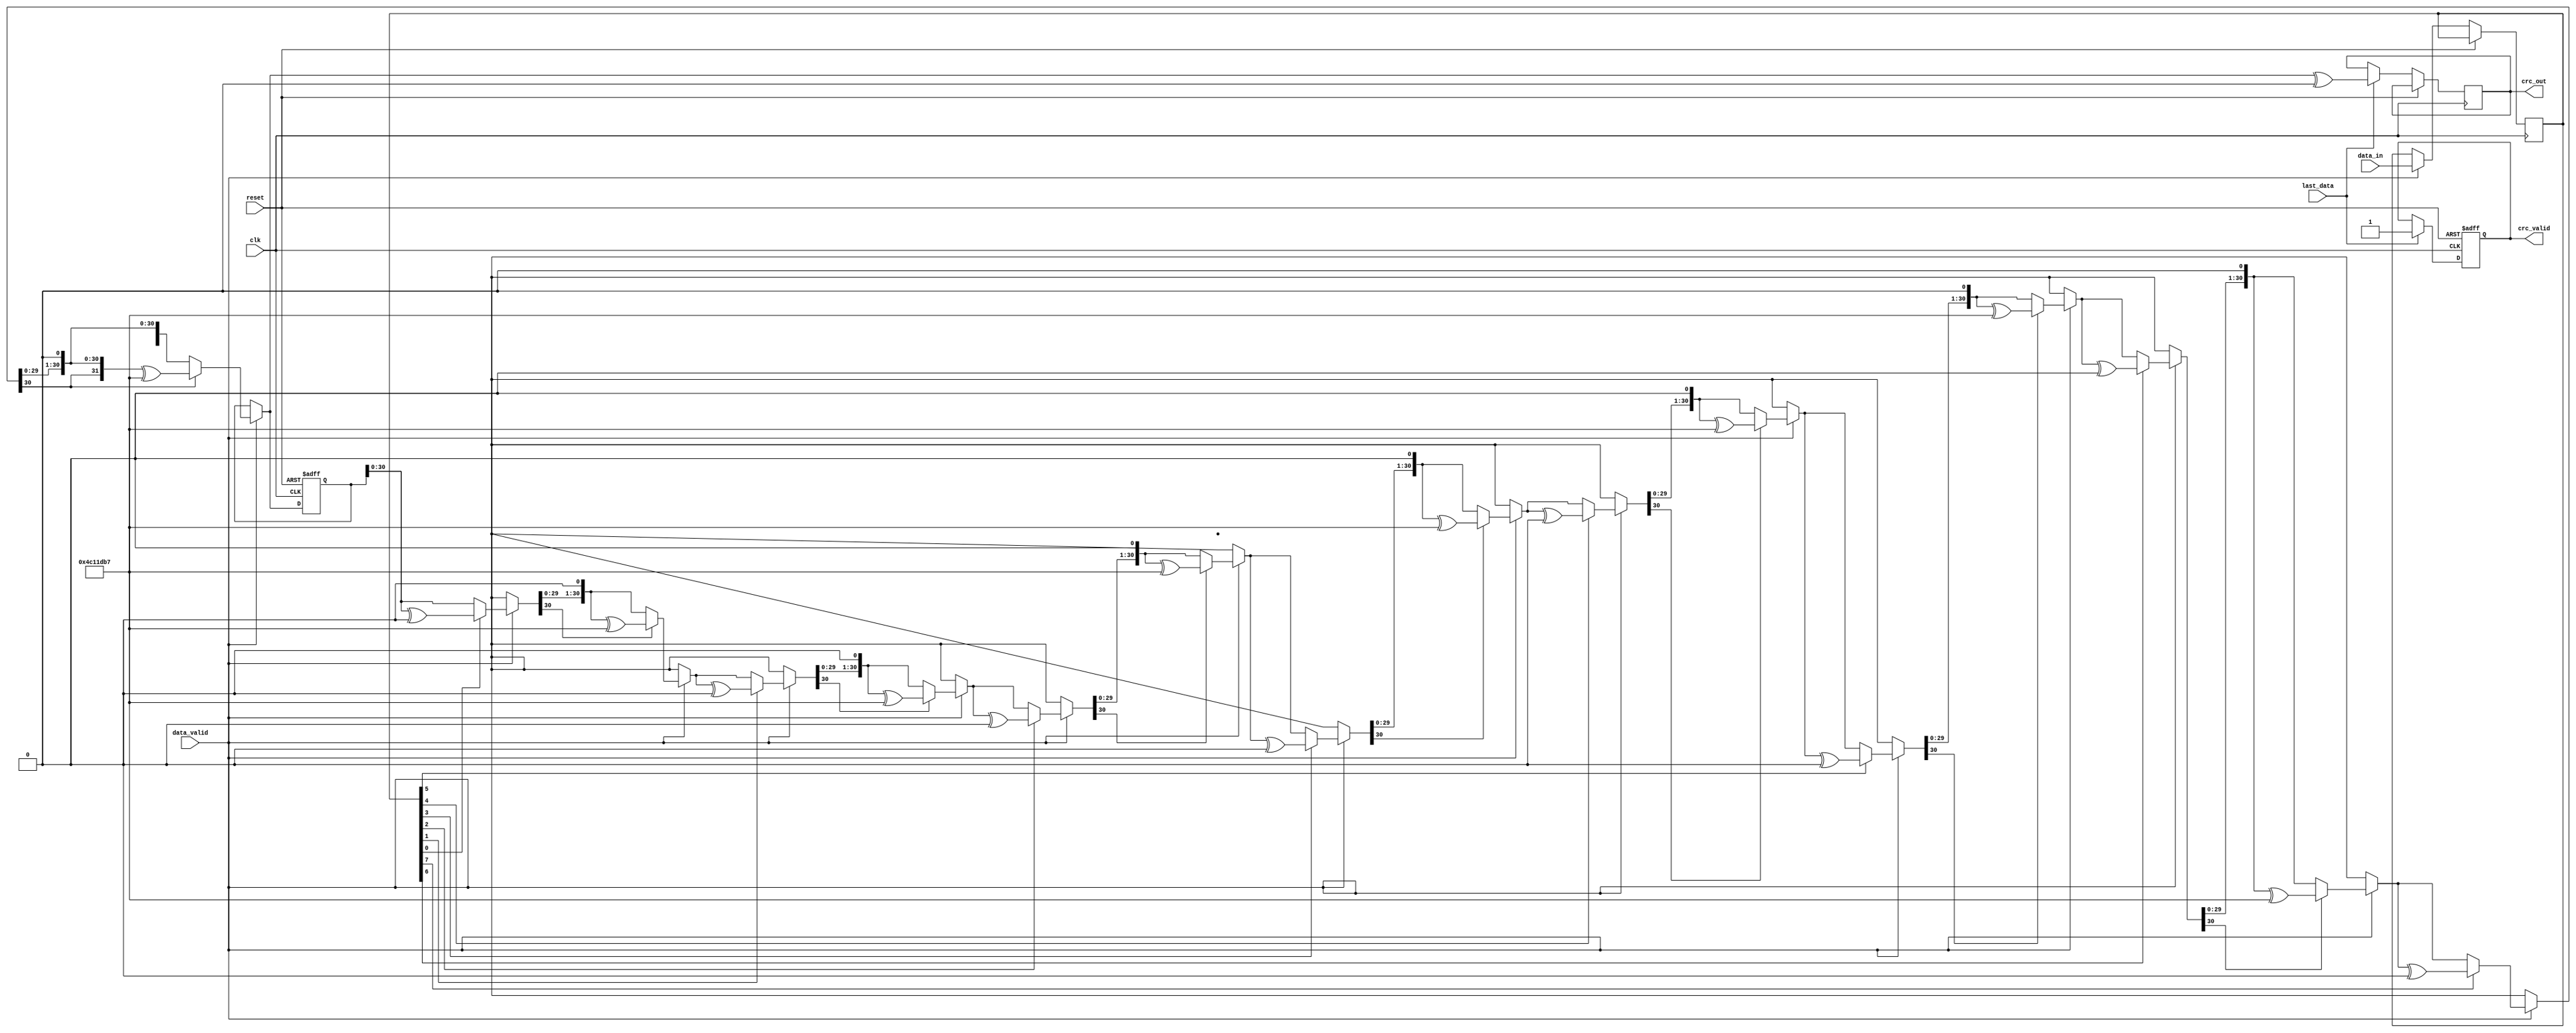
module parameterized_crc #(
    parameter CRC_WIDTH = 32,           // Width of the CRC output
    parameter POLY = 32'h04C11DB7,      // Polynomial used for CRC calculation
    parameter INIT_VALUE = 32'hFFFFFFFF, // Initial value of the CRC register
    parameter REFLECT_INPUT = 1'b0,      // Reflect input data
    parameter REFLECT_OUTPUT = 1'b0,     // Reflect CRC output
    parameter FINAL_XOR_VALUE = 32'h00000000 // Final XOR value applied to the CRC output
)(
    input  wire clk,                     // Clock signal
    input  wire reset,                   // Asynchronous reset signal
    input  wire [7:0] data_in,          // Data input stream (assumed 8 bits)
    input  wire data_valid,              // Signal indicating valid data
    input  wire last_data,               // Signal indicating last piece of data
    output reg [CRC_WIDTH-1:0] crc_out,  // Computed CRC value
    output reg crc_valid                 // Signal indicating CRC output is valid
);

    reg [CRC_WIDTH-1:0] crc_reg;        // Internal register for CRC value
    reg [2:0] bit_counter;               // Bit counter for input data processing
    reg [7:0] data_shift;                // Temporary storage for shifted data
    
    // Function to reflect bits
    function [7:0] reflect;
        input [7:0] data;
        integer i;
        begin
            reflect = 0;
            for (i = 0; i < 8; i = i + 1) begin
                reflect[i] = data[7 - i];
            end
        end
    endfunction

    // Initialization and CRC calculation
    always @(posedge clk or posedge reset) begin
        if (reset) begin
            crc_reg <= INIT_VALUE;
            crc_valid <= 1'b0;
            bit_counter <= 3'b0;
        end else begin
            if (data_valid) begin
                // Reflect input data if enabled
                data_shift <= REFLECT_INPUT ? reflect(data_in) : data_in;

                // Process each bit
                for (bit_counter = 0; bit_counter < 8; bit_counter = bit_counter + 1) begin
                    // Get the current bit
                    if (data_shift[bit_counter]) begin
                        crc_reg = crc_reg ^ (POLY << (CRC_WIDTH - 1));
                    end

                    // Shift CRC register left
                    crc_reg = crc_reg << 1;
                    
                    // Check if the highest bit was set
                    if (crc_reg[CRC_WIDTH - 1]) begin
                        crc_reg = crc_reg ^ POLY;
                    end
                end
            end
            
            // Finalization
            if (last_data) begin
                // Reflect output CRC if enabled
                crc_out <= REFLECT_OUTPUT ? reflect(crc_reg[CRC_WIDTH-1:0]) ^ FINAL_XOR_VALUE : (crc_reg ^ FINAL_XOR_VALUE);
                crc_valid <= 1'b1;
            end
        end
    end

endmodule